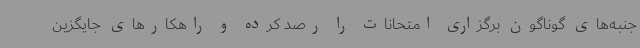
جنبه‌های گوناگون برگزاری امتحانات را رصد کرده و راهکارهای جایگزین